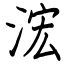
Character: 浤